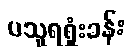
ပသူရရှုံးခန်း